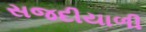
સજદીયાળી